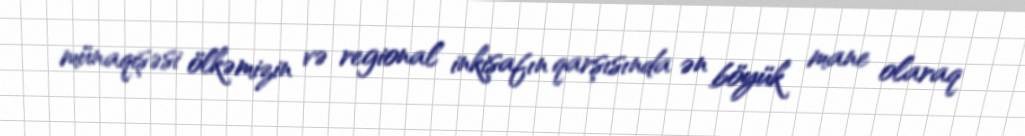
münaqişəsi ölkəmizin və regional inkişafın qarşısında ən böyük mane olaraq